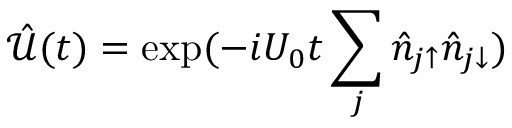
\hat { \mathcal { U } } ( t ) = \exp ( - i U _ { 0 } t \sum _ { j } \hat { n } _ { j \uparrow } \hat { n } _ { j \downarrow } )